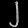
Digit: ၂